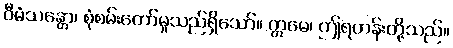
ဝီမံသန္တော၊ စုံစမ်းတော်မူသည်ရှိသော်။ ဣမေ၊ ဤရဟန်းတို့သည်။